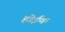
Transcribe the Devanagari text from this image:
होईक